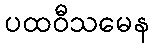
ပထဝီသမေန